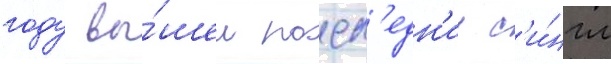
году вы́шел посл'едн'ии с'и́нгл